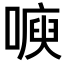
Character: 𭊙